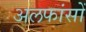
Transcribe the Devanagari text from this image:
अलफांसों